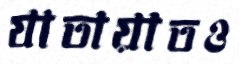
যাতায়াতও